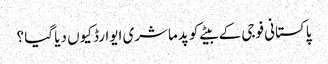
پاکستانی فوجی کے بیٹے کو پدماشری ایوارڈ کیوں دیا گیا ؟